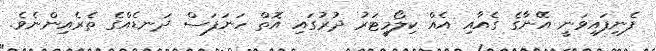
ފެނިފައިވަނީ އޭނާގެ ގެއާއި އެއް ކިލޯމީޓަރު ދުރުގައި އޮތް ހަނަފަސް ދަނޑެއްގެ ތެރެއިންނެވެ.